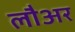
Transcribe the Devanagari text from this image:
लौअर